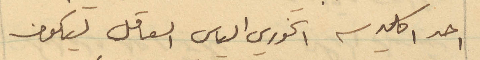
احد اكليرس الخوري الياس العاقل ليكون